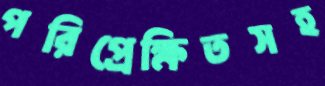
পরিপ্রেক্ষিতসহ